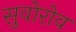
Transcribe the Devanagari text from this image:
सुवोरोव